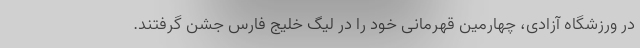
در ورزشگاه آزادی، چهارمین قهرمانی خود را در لیگ خلیج فارس جشن گرفتند.